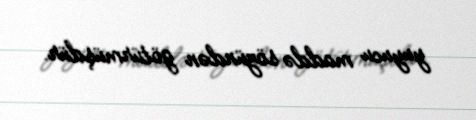
yuyucu maddə sözündən götürmüşdür.